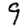
Digit: 9